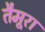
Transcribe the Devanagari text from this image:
तैमूरा